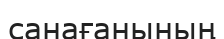
санағанының